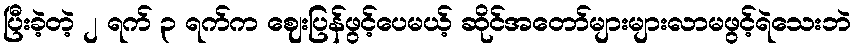
ပြီးခဲ့တဲ့ ၂ ရက် ၃ ရက်က ဈေးပြန်ဖွင့်ပေမယ့် ဆိုင်အတော်များများလာမဖွင့်ရဲသေးဘဲ